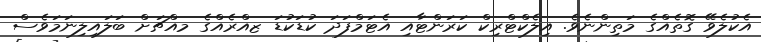
އެކުލެވޭ ގޮތެއްގެ މަތިންނެވެ. އިލެކްޓްރިކް ކަރަންޓާއި އެޓަމްފަދަ ކުޑަކުޑަ ޒއްރެއްގެ މއްޗަށް ބަލައިލިނަމަވެސް